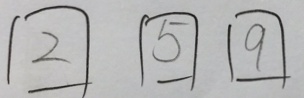
\boxed { 2 } \boxed { 5 } \boxed { 9 }